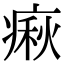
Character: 㾭